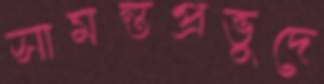
সামন্তপ্রভুদে